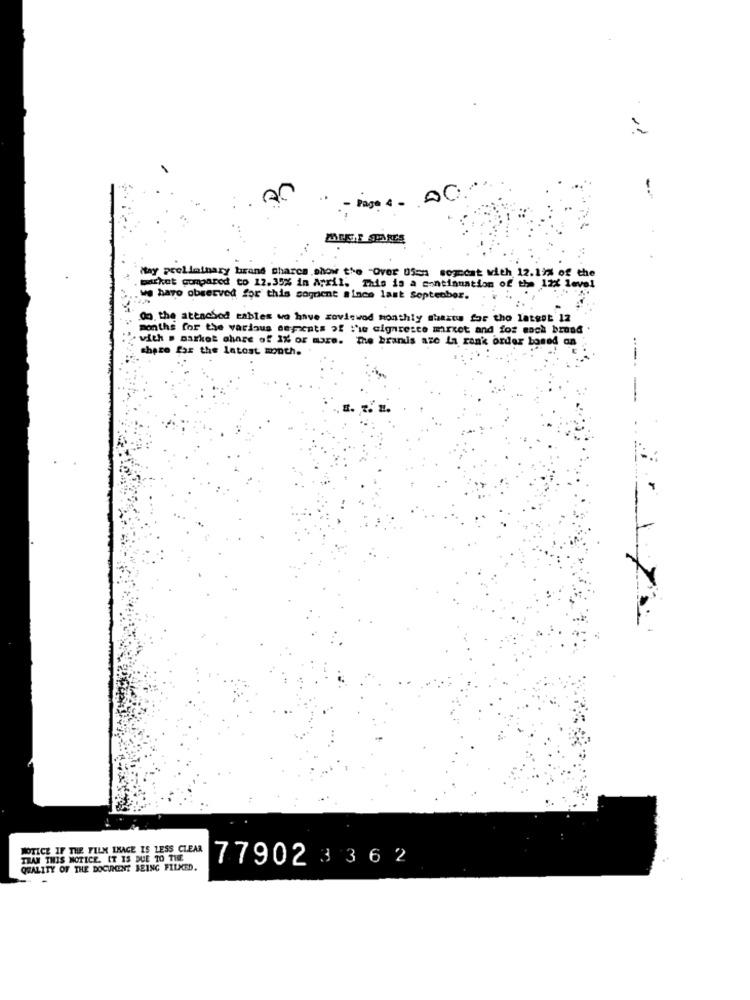
MOUSE SPARES
May preliminary brand shares show the "Over 055 sogncat with 12.19% of the
machet compared to 12.35% in April. This is a continuation of the 12X level
we have observed for this sognient since last September.
Og the atenchod tables wo have zoviewod monthly shaztw for the latest 12
months for the various sepents of "ie cigarette mirxet and for mach broad .
. vith . market share of I% or more. The brands aze la rank order based on
share for the latest month.
---
NOTICE IF THE FILM LHACE IS LESS CLEAR
THAT THIS NOTICE. IT IS DUE TO THE
77902 3 3 6 2
QUALITY OF THE DOCUMENT BEING FILMED.